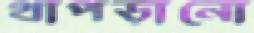
থাপড়ানো